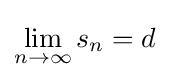
\lim _{n\to \infty }s_{n}=d